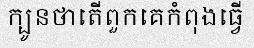
ក្បូនថាតើពួកគេកំពុងធ្វើ